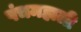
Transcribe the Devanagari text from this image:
पंचमहाली